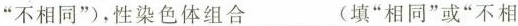
”不相同”)，性染色体组合_(填”相同”或”不相